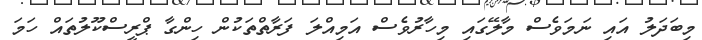
މިބަދަލު އައި ނަމަވެސް މާލޭގައި މިހާރުވެސް އަމިއްލަ ފަރާތްތަކުން ހިންގާ ޕްރީސްކޫލުތައް ހަމަ